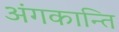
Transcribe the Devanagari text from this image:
अंगकान्ति